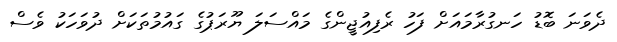
ދެވަނަ ބޮޑު ހަނގުރާމައަށް ފަހު ރެފިއުޖީންގެ މައްސަލަ ޔޫރަޕުގެ ގައުމުތަކަށް ދުވަހަކު ވެސް